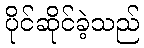
ပိုင်ဆိုင်ခဲ့သည်